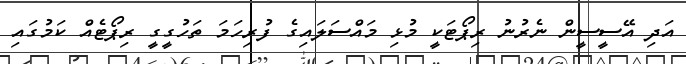
އަދި އޭސީސީން ނެރުނު ރިޕޯޓަކީ މުޅި މައްސަލައިގެ ފުރިހަމަ ތަހުގީގީ ރިޕޯޓެއް ކަމުގައި